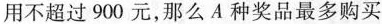
用不超过900元，那么A种奖品最多购买